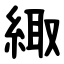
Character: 緅